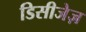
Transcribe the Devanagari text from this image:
डिसीजेज़